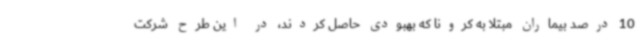
10 درصد بیماران مبتلا به کرونا که بهبودی حاصل کردند، در این طرح شرکت